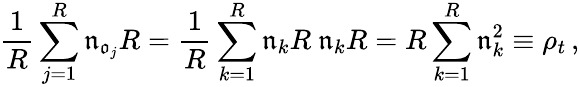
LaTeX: \frac 1R\sum_{j=1}^{R}\mathfrak{n}_{\mathfrak{o}_{j}}R=\frac 1R\sum_{k=1}^{R}\mathfrak{n}_{k}R~\mathfrak{n}_{k}R=R\sum_{k=1}^{R}\mathfrak{n}_{k}^{2}\equiv\rho_{t}\, ,